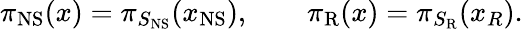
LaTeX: \pi_{\mathrm{NS}}(x)=\pi_{S_{\mathrm{NS}}}(x_{\mathrm{NS}}),\qquad\pi_{\mathrm{R}}(x)=\pi_{S_{\mathrm{R}}}(x_{R}).